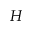
H